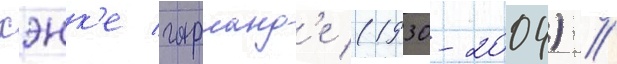
хэнк'е гарланд'е (1930-2004) //